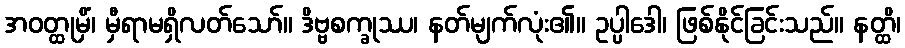
အဝတ္ထုမှိံ၊ မှီရာမရှိလတ်သော်။ ဒိဗ္ဗစက္ခုဿ၊ နတ်မျက်လုံး၏။ ဥပ္ပါဒေါ၊ ဖြစ်နိုင်ခြင်းသည်။ နတ္ထိ၊